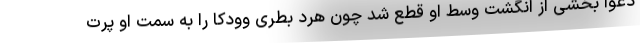
دعوا بخشی از انگشت وسط او قطع شد چون هرد بطری وودکا را به سمت او پرت